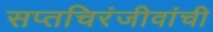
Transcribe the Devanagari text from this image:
सप्तचिरंजीवांची